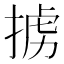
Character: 掳